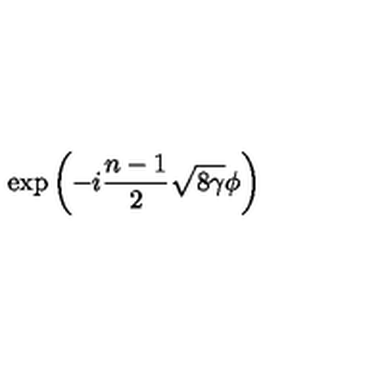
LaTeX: \exp \left( - i \frac { n - 1 } { 2 } \sqrt { 8 \gamma } \phi \right)